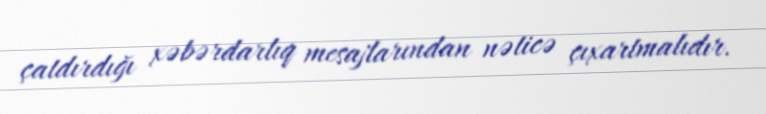
çatdırdığı xəbərdarlıq mesajlarından nəticə çıxartmalıdır.